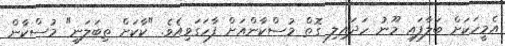
އެމީހަކަށް ބަލާފައި މޫނު ހަދައިލި ގޮތް މުސްކާންއަށް ފާހަގަވިއެވެ. "ކާކަށް ތިބަލަނީ" މުސްކާން